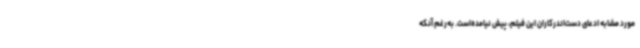
مورد مشابه ادعای دست‌اندرکاران این فیلم، پیش نیامده‌است. به‌رغم آنکه